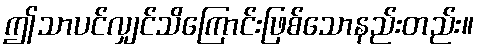
ဤသာပင်လျှင်သိကြောင်းဖြစ်သောနည်းတည်း။